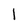
Character: 1